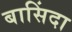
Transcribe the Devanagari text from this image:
बासिंदा